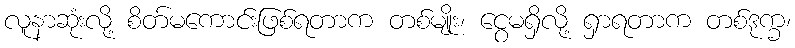
လူနာဆုံးလို့ စိတ်မကောင်းဖြစ်ရတာက တစ်မျိုး၊ ငွေမရှိလို့ ရှာရတာက တစ်ဒုက္ခ၊